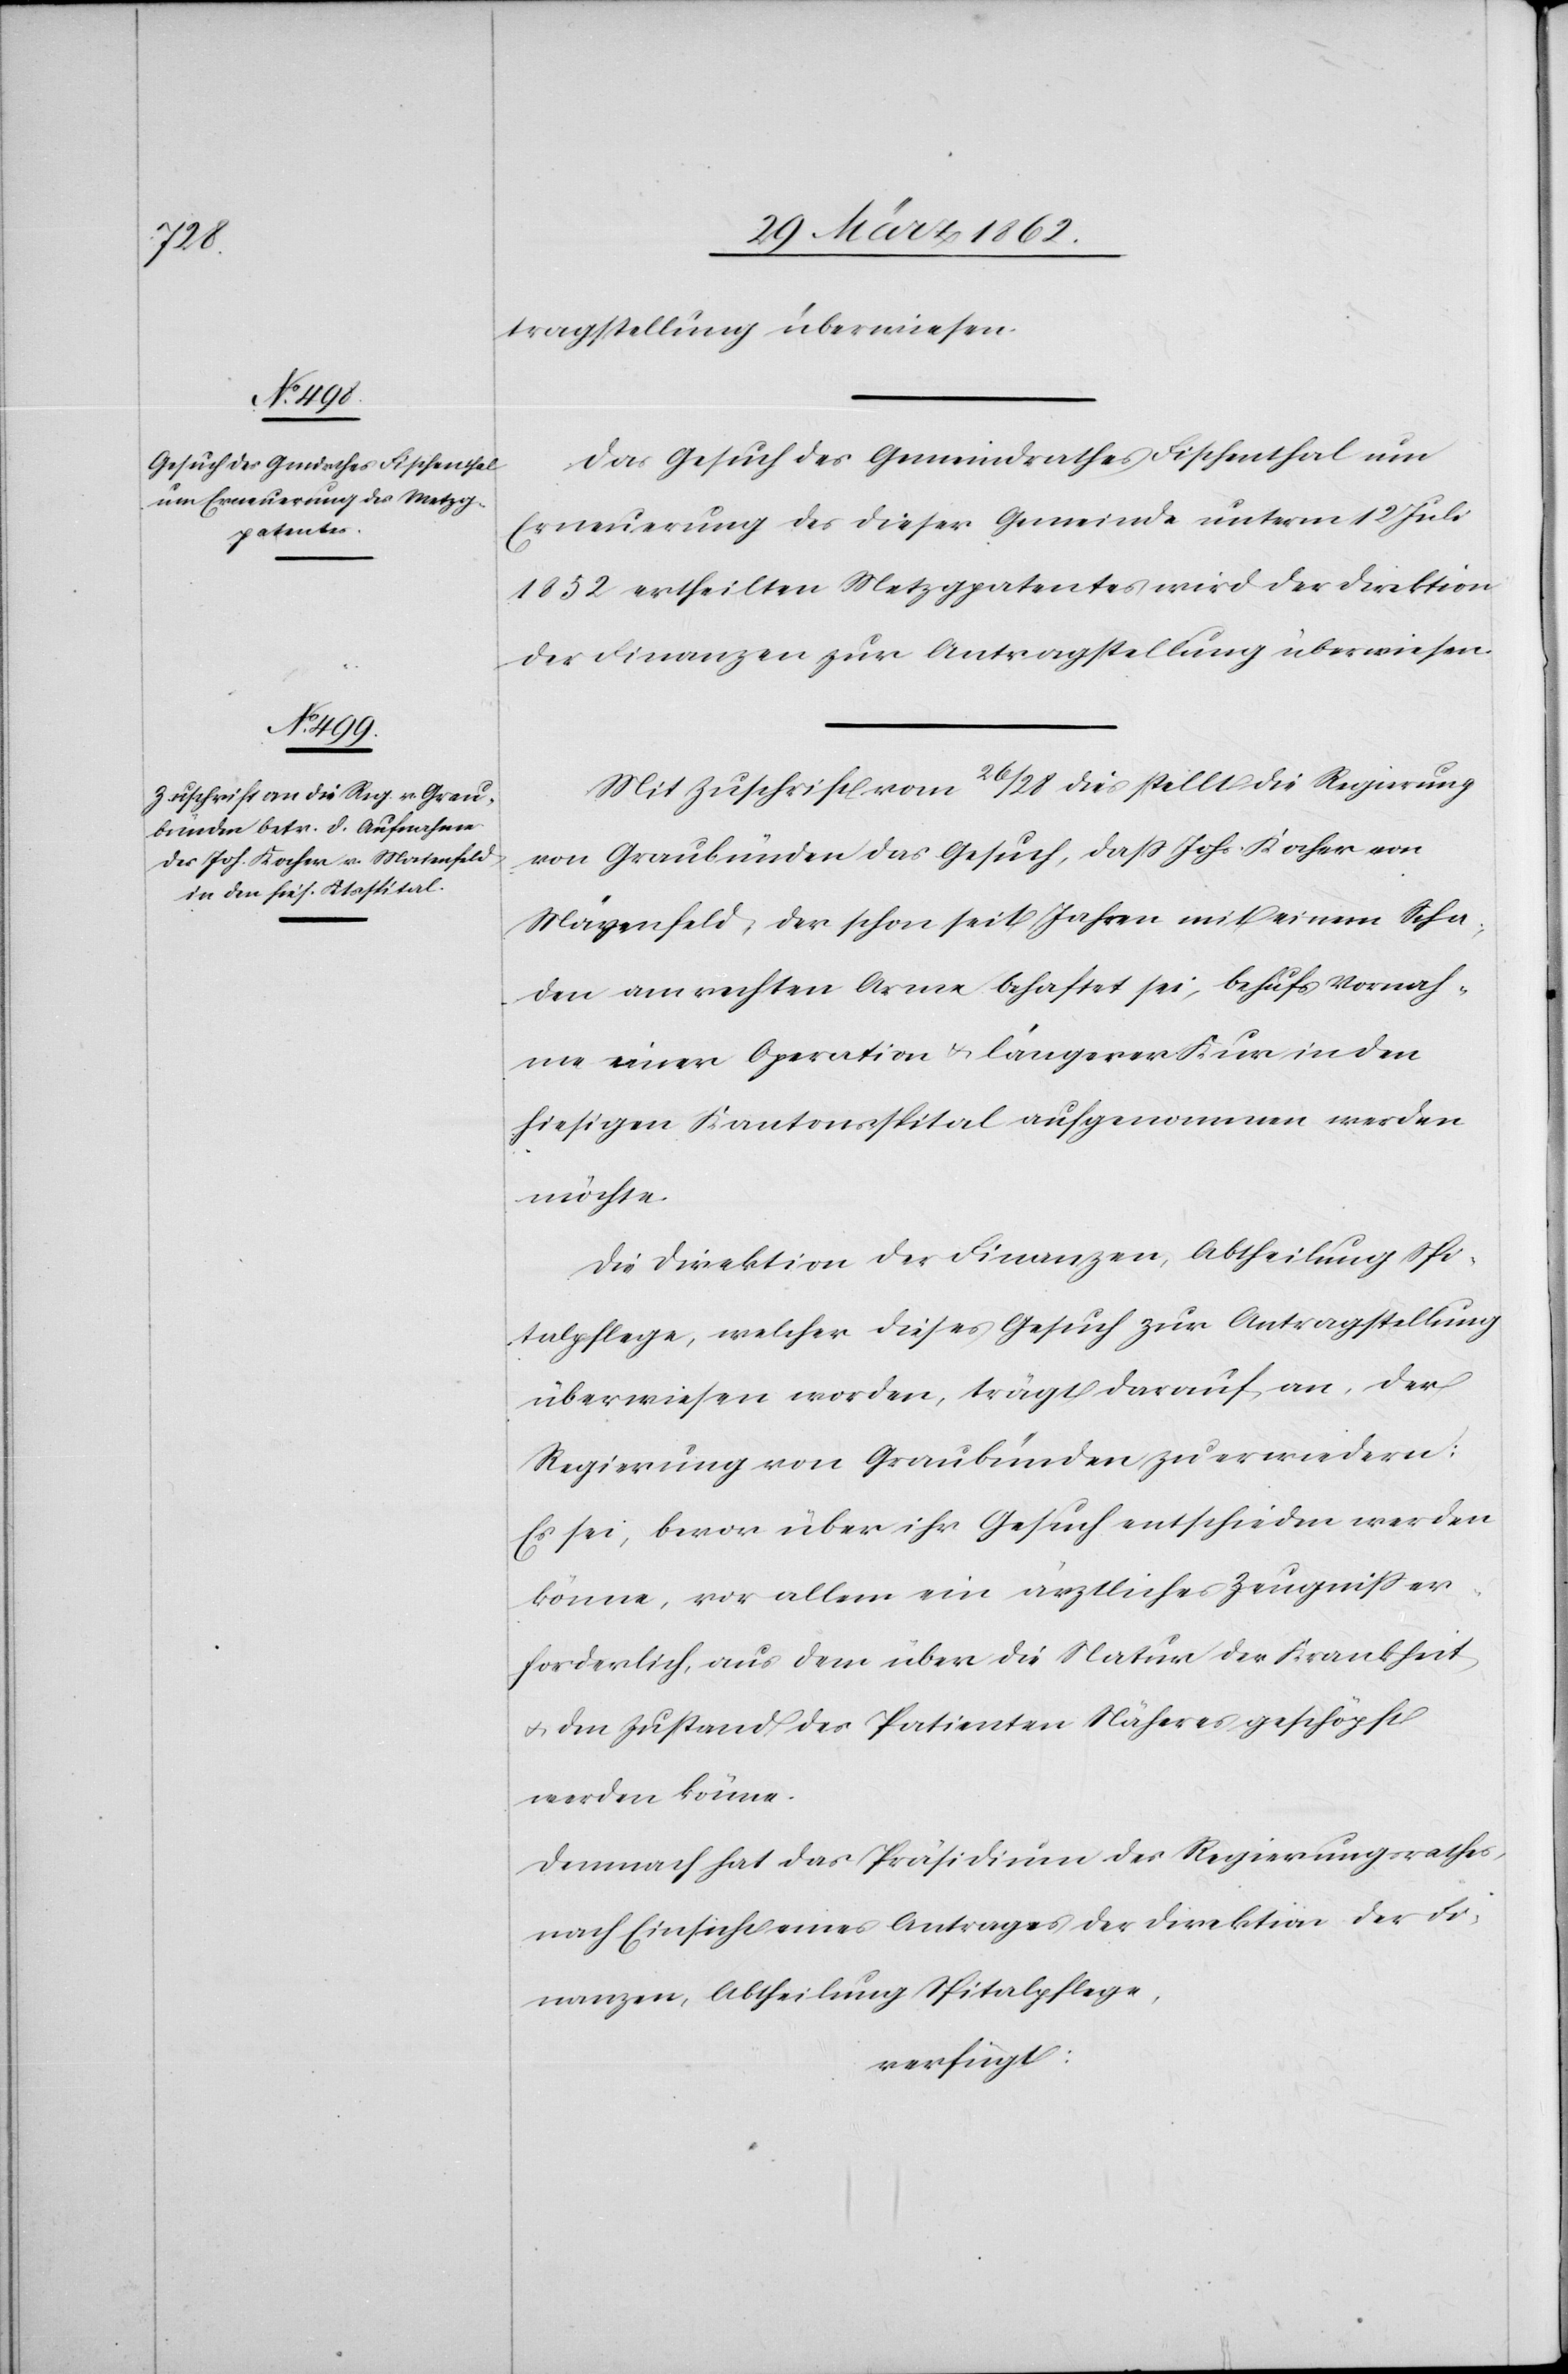
31.
März 1862.]

tragstellung überwiesen.
Das Gesuch des Gemeindrathes Fischenthal um
Erneuerung des dieser Gemeinde unterm 12 Juli
1852 ertheilten Metzgpatentes wird der Direktion
der Finanzen zur Antragstellung überwiesen.
Mit Zuschrift vom 26/28 dies stellt die Regierung
von Graubünden das Gesuch, daß Johs. Kocher von
Mayenfeld [sic!], der schon seit Jahren mit einem Scha¬
den am rechten Arme behaftet sei, behufs Vornah¬
me einer Operation u. längerer Kur in den
hiesigen Kantonsspital aufgenommen werden
möchte.
Die Direktion der Finanzen, Abtheilung Spi¬
talpflege, welcher dieses Gesuch zur Antragstellung
überwiesen worden, trägt darauf an, der
Regierung von Graubünden zu erwiedern:
Es sei, bevor über ihr Gesuch entschieden werden
könne, vor allem ein ärztliches Zeugniß er¬
forderlich, aus dem über die Natur der Krankheit
u. den Zustand des Patienten Näheres geschöpft
werden könne.
Demnach hat das Präsidium des Regierungsrathes,
nach Einsicht eines Antrages der Direktion der Fi¬
nanzen, Abtheilung Spitalpflege,
verfügt: